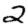
Digit: 2